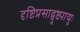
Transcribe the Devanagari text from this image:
दृष्टिप्रसाद्पुष्ट्यायुः